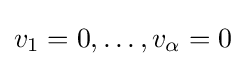
v_{1}=0,\dots ,v_{\alpha }=0